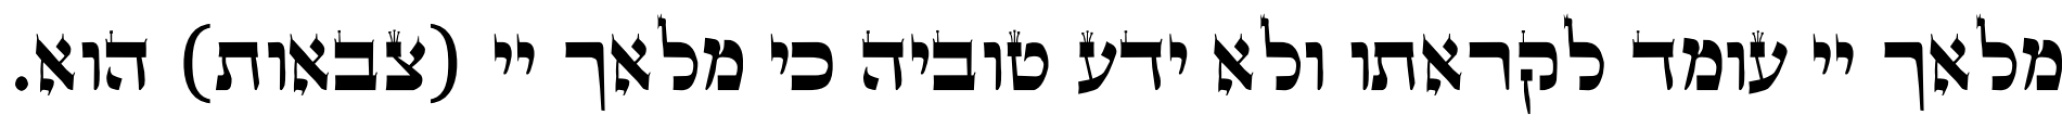
מלאך יי עומד לקראתו ולא ידע טוביה כי מלאך יי (צבאות) הוא.